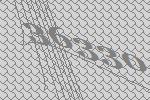
36330